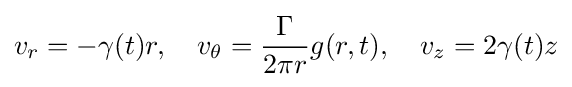
v_{r}=-\gamma (t)r,\quad v_{\theta }={\frac {\Gamma }{2\pi r}}g(r,t),\quad v_{z}=2\gamma (t)z